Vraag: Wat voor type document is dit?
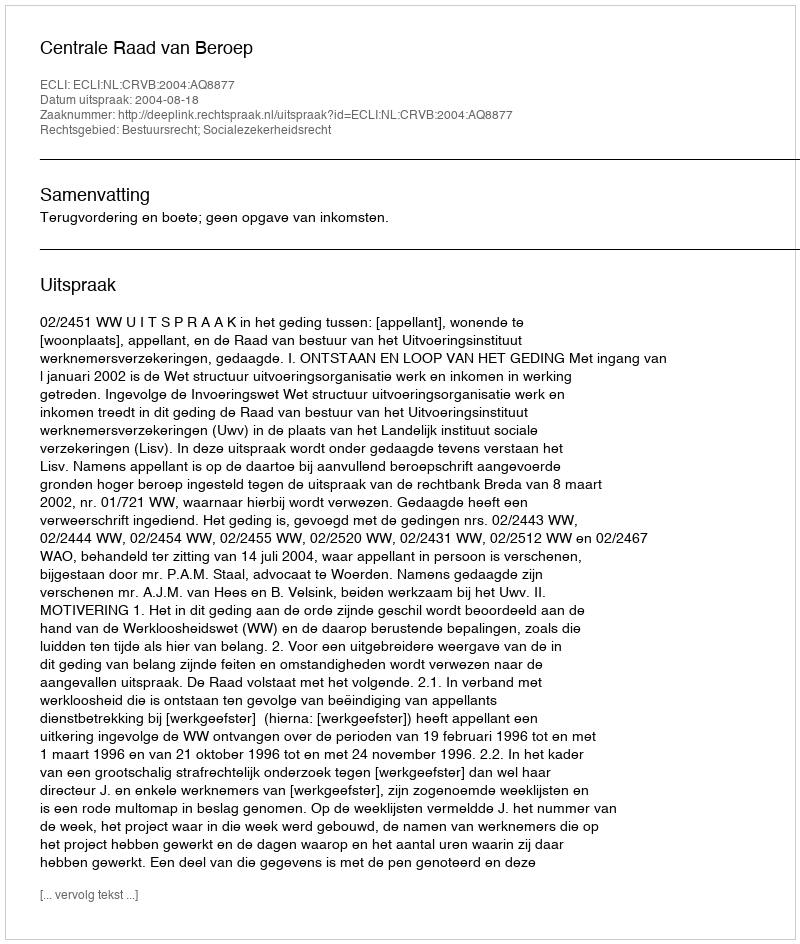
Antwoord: Uitspraak